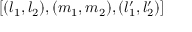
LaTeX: [ ( l _ { 1 } , l _ { 2 } ) , ( m _ { 1 } , m _ { 2 } ) , ( l _ { 1 } ^ { \prime } , l _ { 2 } ^ { \prime } ) ]